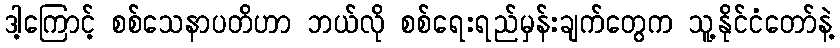
ဒါ့ကြောင့် စစ်သေနာပတိဟာ ဘယ်လို စစ်ရေးရည်မှန်းချက်တွေက သူ့နိုင်ငံတော်နဲ့